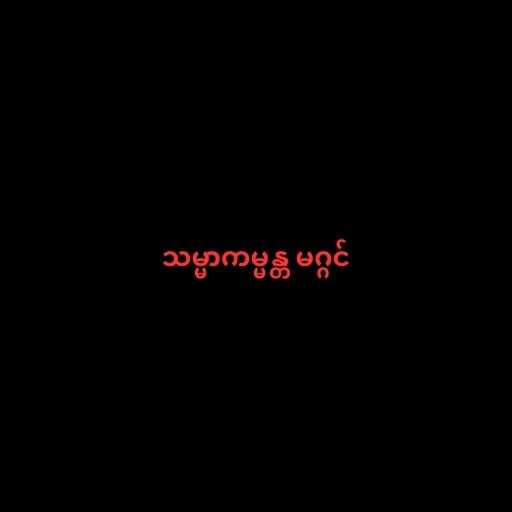
သမ္မာကမ္မန္တ မဂ္ဂင်